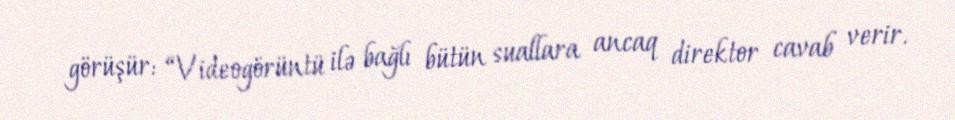
görüşür: “Videogörüntü ilə bağlı bütün suallara ancaq direktor cavab verir.